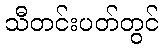
သီတင်းပတ်တွင်